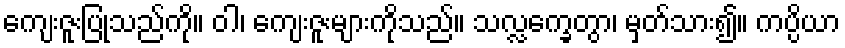
ကျေးဇူးပြုသည်ကို။ ဝါ၊ ကျေးဇူးများကိုသည်။ သလ္လက္ခေတွာ၊ မှတ်သား၍။ ကပ္ပိယာ